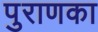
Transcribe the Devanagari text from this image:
पुराणका